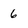
Character: 6